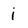
Character: i